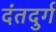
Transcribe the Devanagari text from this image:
दंतदुर्ग